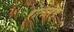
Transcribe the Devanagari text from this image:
रोतारेग्